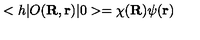
< h | O ( { \bf R } , { \bf r } ) | 0 > = \chi ( { \bf R } ) \psi ( { \bf r } )